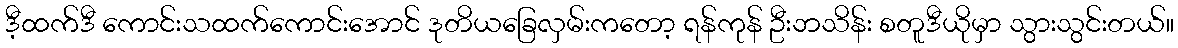
ဒီ့ထက်ဒီ ကောင်းသထက်ကောင်းအောင် ဒုတိယခြေလှမ်းကတော့ ရန်ကုန် ဦးဘသိန်း စတူဒီယိုမှာ သွားသွင်းတယ်။